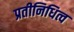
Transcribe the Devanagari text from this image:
प्रतीनिधित्व